Leaving Certificate Examination, 1921
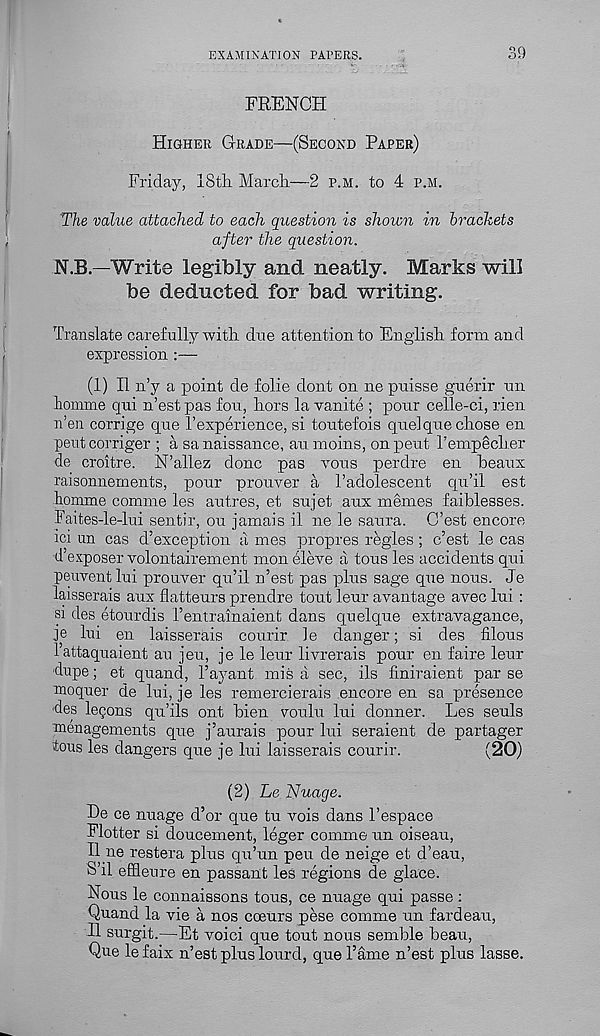
EXAMINATION PAPERS.
39
FRENCH
Higher Grade—(Second Paper)
Friday, 18th March—2 p.m. to 4 p.m.
The value attached to each question is shown in brackets
after the question.
N.B.—Write legibly and neatly. Marks will
be deducted for bad writing.
Translate carefully with due attention to English form and
expression :—
(1) II n’y a point de folie dont on ne puisse guerir un
liomme qui n’est pas fou, hors la vanite ; pour celle-ci, rien
n’en corrige que I’experience, si toutefois quel que chose en
pent corriger ; a sanaissance, an moins, onpeut Tempecher
de croitre. N’allez done pas vous perdre en beaux
raisonnements, pour prouver a 1’adolescent qu’il est
liomme comme les autres, et sujet aux memes faiblesses.
Faites-le-lui sentir, ou jamais il ne le saura. C’est encore
ici un cas d’exception a mes propres regies ; c’est le cas
d exposer volontairement mon eleve a tous les accidents qui
peuventlui prouver qu’il n’est pas plus sage que nous. Je
laisserais aux flatteurs prendre tout leur avantage avec lui :
si des etourdis I’entrainaient dans quelque extravagance,
je lui en laisserais courir le danger; si des filous
1’attaquaient au jeu, je le leur livrerais pour en faire leur
dupe; et quand, 1’ayant mis a sec, ils finiraient par se
moquer de lui, je les remercierais encore en sa presence
des lepons qu’ils ont bien voulu lui donner. Les seuls
menagements que j’aurais pour lui seraient de partager
ious les dangers que je lui laisserais courir.
(20)
(2) Le Nuage.
He ce nuage d’or que tu vois dans 1’espace
Flotter si doucement, leger comme un oiseau,
II ne restera plus qu’un peu de neige et d’eau,
S’il effleure en passant les regions de glace.
Nous le connaissons tous, ce nuage qui passe :
Quand la vie a nos coeurs pese comme un fardeau,
II surgit.—Et voici que tout nous semble beau,
Que le faix n’est plus lourd, que 1’ame n’est plus lasse.